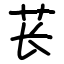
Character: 苌